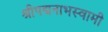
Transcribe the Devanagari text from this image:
श्रीपद्मनाभस्वामी